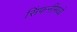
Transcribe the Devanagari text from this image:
सिंफनींमध्ये